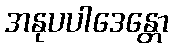
အနုပပါဒေန္တော